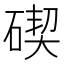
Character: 碶